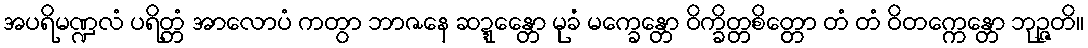
အပရိမဏ္ဍလံ ပရိတ္တံ အာလောပံ ကတွာ ဘာဇနေ ဆဍ္ဍေန္တော မုခံ မက္ခေန္တော ဝိက္ခိတ္တစိတ္တော တံ တံ ဝိတက္ကေန္တော ဘုဉ္ဇတိ။